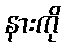
နားကို